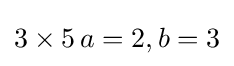
3\times 5\,a=2,b=3